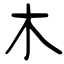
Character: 木